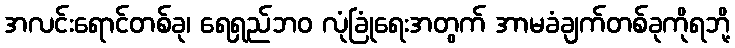
အလင်းရောင်တစ်ခု၊ ရေရှည်ဘဝ လုံခြုံရေးအတွက် အာမခံချက်တစ်ခုကိုရဘို့